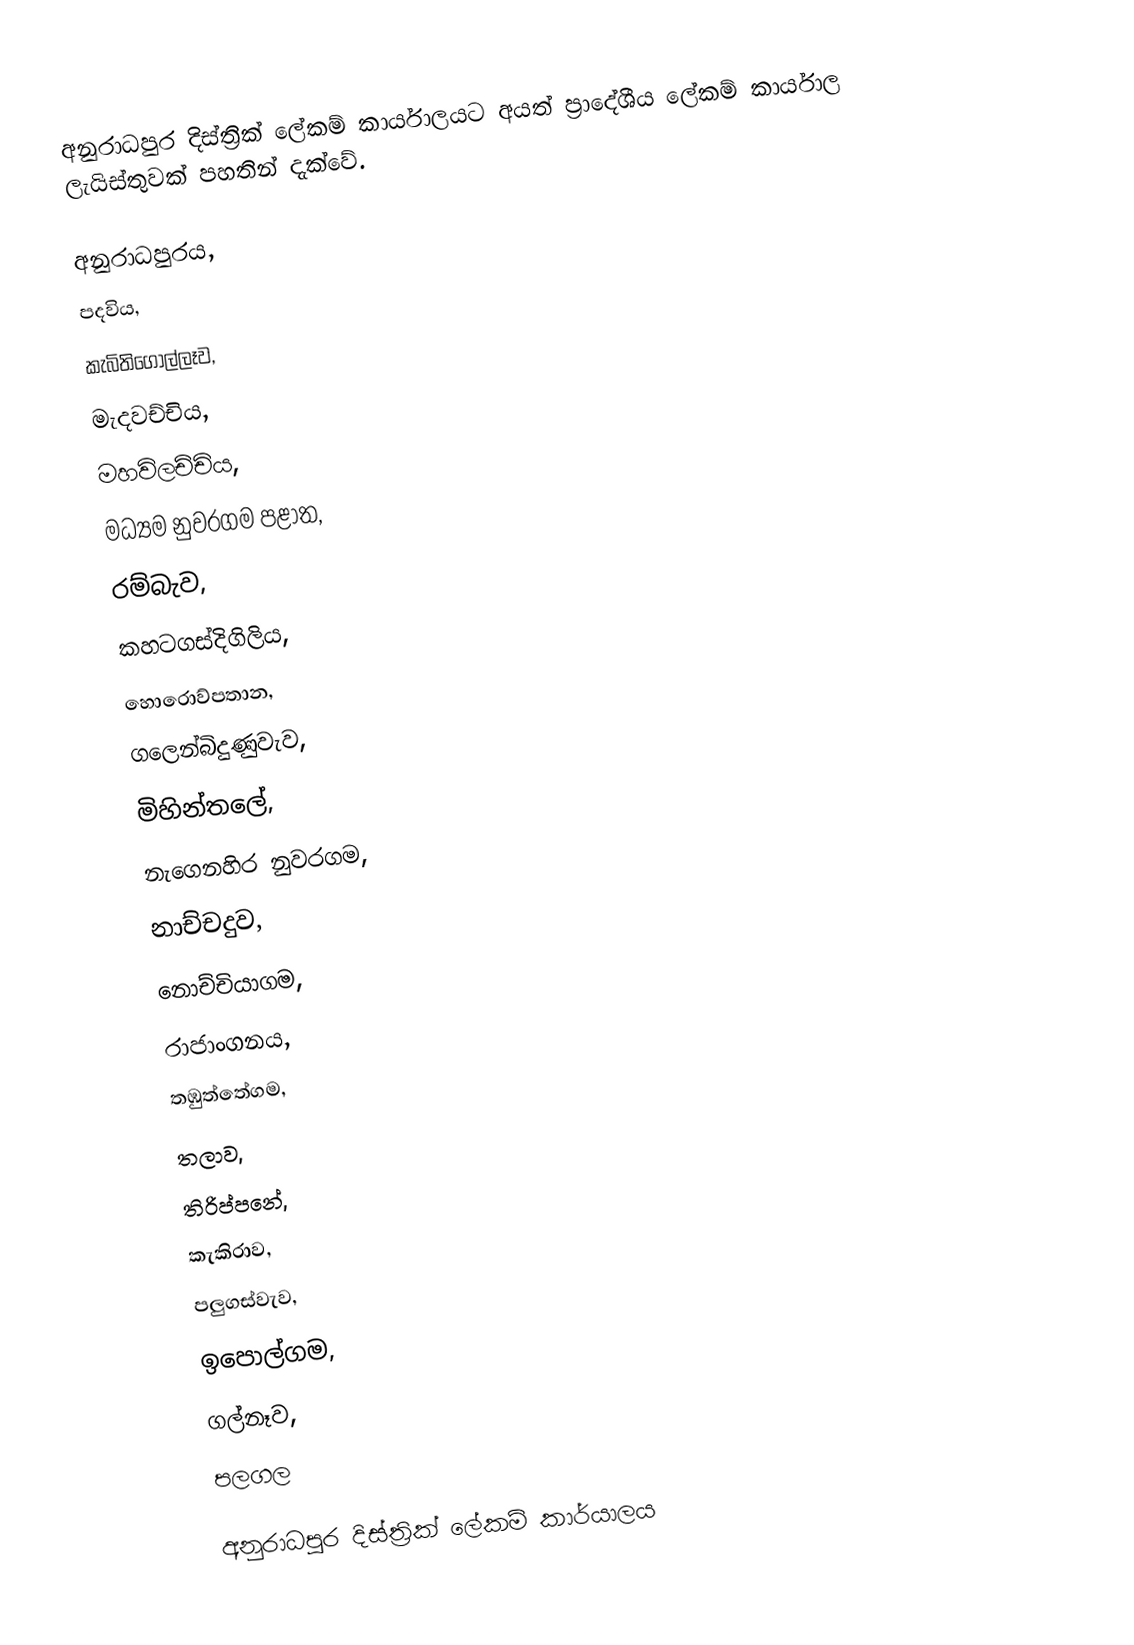
අනුරාධපුර දිස්ත්‍රික් ලේකම් කාර්යාලයට අයත් ප්‍රාදේශීය ලේකම් කාර්යාල  ලැයිස්තුවක් පහතින් දැක්වේ.

 අනුරාධපුරය,
 පදවිය,
 කැබිතිගොල්ලෑව,
 මැදවච්චිය,
 මහවිලච්චිය,
 මධ්‍යම නුවරගම පළාත,
 රම්බැව,
 කහටගස්දිගිලිය,
 හොරොව්පතාන,
 ගලෙන්බිදුණුවැව,
 මිහින්තලේ,
 නැගෙනහිර නුවරගම,
 නාච්චදුව,
 නොච්චියාගම,
 රාජාංගනය,
 තඹුත්තේගම,
 තලාව,
 තිරිප්පනේ,
 කැකිරාව,
 පලුගස්වැව,
 ඉපොල්ගම,
 ගල්නෑව,
 පලගල

අනුරාධපුර දිස්ත්‍රික් ලේකම් කාර්යාලය